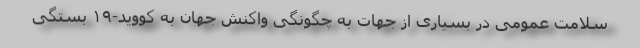
سلامت عمومی در بسیاری از جهات به چگونگی واکنش جهان به کووید-۱۹ بستگی